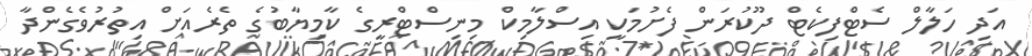
އަދި ހަލާލް ސެޓްފިކެޓް ދޫކުރަން ފެށުމަކީ އިސްލާމިކް މިނިސްޓްރީގެ ކާމިޔާބުގެ ތެރެއަށް އިތުރުވެގެންދާ